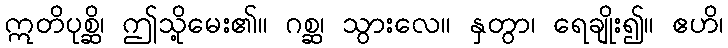
ဣတိပုစ္ဆိ၊ ဤသို့မေး၏။ ဂစ္ဆ၊ သွားလေ။ နှတွာ၊ ရေချိုး၍။ ဧဟိ၊